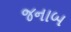
જનાબ